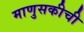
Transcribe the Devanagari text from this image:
माणुसकीची